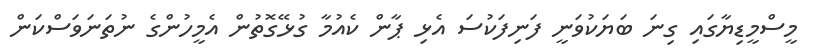
މީސްމީޑިޔާގައި ގިނަ ބަޔަކުވަނީ ފަނިފަކުސަ އެޅި ޕާން ކެއުމާ ގުޅޭގޮތުން އެމީހުންގެ ނުތަނަވަސްކަން